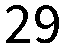
29